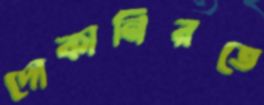
দোকানিরতে